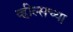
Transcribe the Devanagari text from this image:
व्हील्सच्या